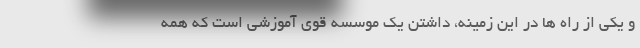
و یکی از راه ها در این زمینه، داشتن یک موسسه قوی آموزشی است که همه